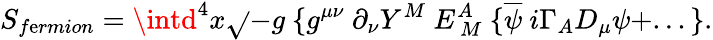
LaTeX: S_{f\mathrm{e}rmion}=\intd^{4}x\sqrt{}{{-g}}~\{ g^{\mu\nu}~\partial_{\nu}Y^{M}~E_{~M}^{A}~\{ \overline{{{{\psi}}}}~i\Gamma_{A}D_{\mu}\psi+...\} .